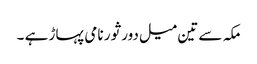
مکہ سے تین میل دور ثور نامی پہاڑ ہے ۔